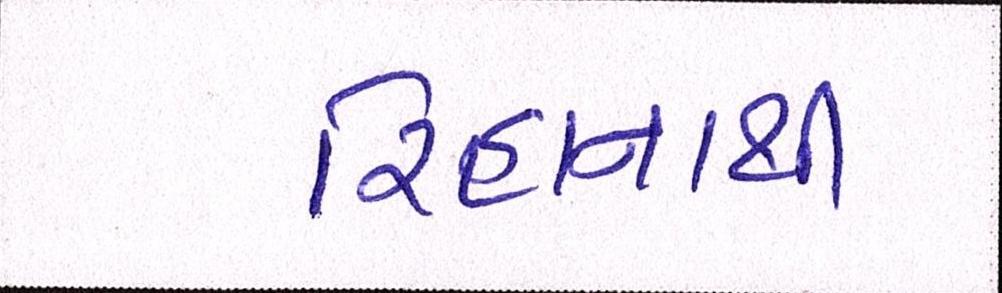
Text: રિહાનાથી